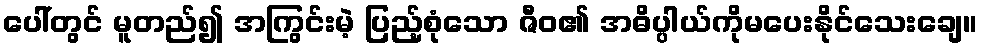
ပေါ်တွင် မူတည်၍ အကြွင်းမဲ့ ပြည့်စုံသော ဇီဝ၏ အဓိပ္ပါယ်ကိုမပေးနိုင်သေးချေ။